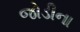
જોડીના